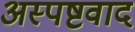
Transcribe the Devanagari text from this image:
अस्पष्टवाद